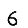
Digit: 6